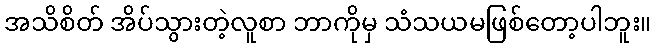
အသိစိတ် အိပ်သွားတဲ့လူစာ ဘာကိုမှ သံသယမဖြစ်တော့ပါဘူး။